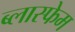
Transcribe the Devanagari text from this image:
ब्लास्फेम